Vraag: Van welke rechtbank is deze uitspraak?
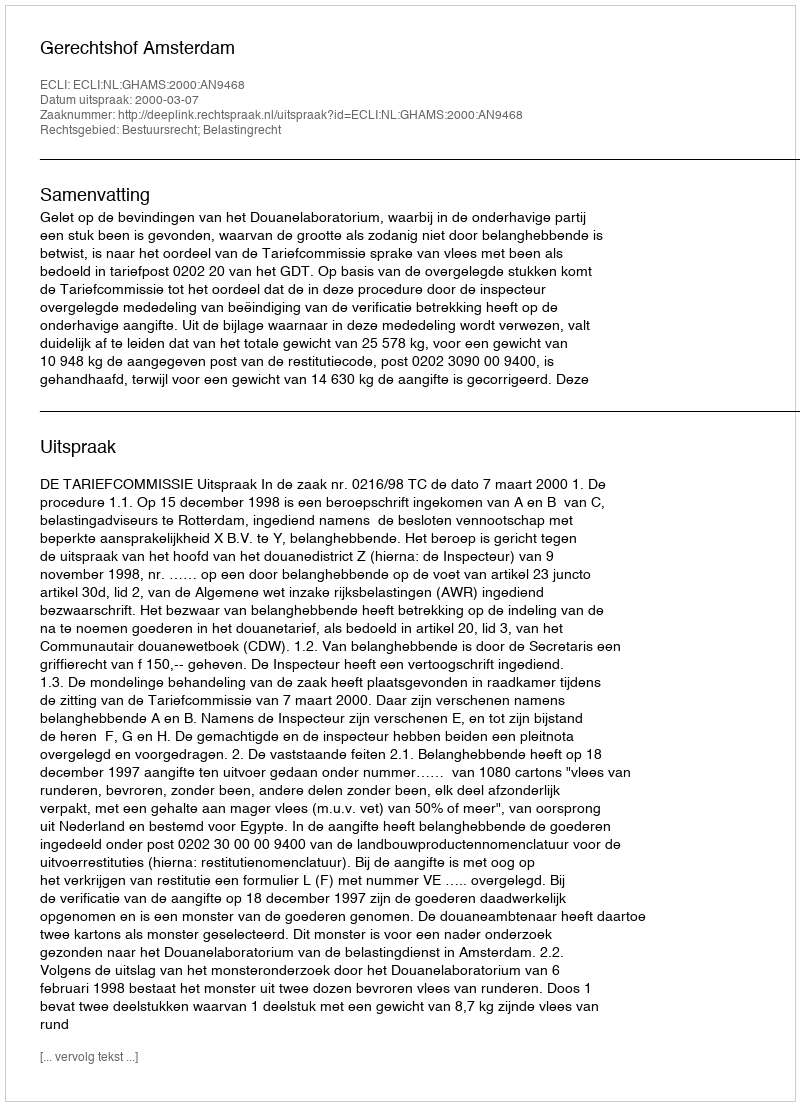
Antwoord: Gerechtshof Amsterdam